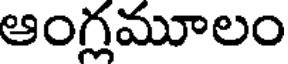
ఆంగమూలం